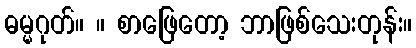
ဓမ္မဂုတ်။ ။ စာဖြေတော့ ဘာဖြစ်သေးတုန်း။